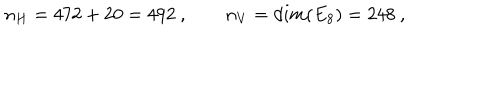
n _ { H } = 4 7 2 + 2 0 = 4 9 2 \ , \qquad n _ { V } = d i m ( E _ { 8 } ) = 2 4 8 \ ,